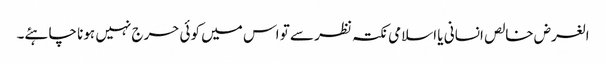
الغرض خالص انسانی یا اسلامی نکتہ نظر سے تو اس میں کوئی حرج نہیں ہونا چاہئے۔